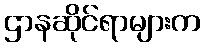
ဌာနဆိုင်ရာများက